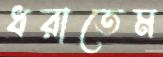
ধরাতেম